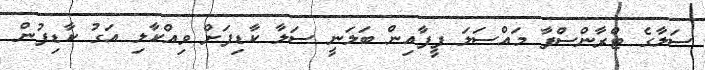
ސަލާގެ ޓްރާންސްފާ މައްސަލަ ފީފާއިން ބަލަނީ ސަލާ ކާޑިފަށް ވިއްކާލި އަގު ކާޑިފުން